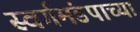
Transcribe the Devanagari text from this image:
स्वर्गमंडपाच्या